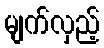
မျက်လှည့်